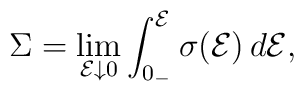
\Sigma=\lim_{{\cal E}\downarrow 0}\int^{\cal E}_{0_-} \sigma({\cal E})\, d{\cal E},